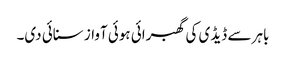
باہر سے ڈیڈی کی گھبرائی ہوئی آواز سنائی دی۔